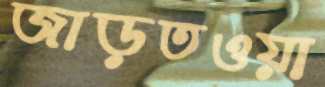
জাড়তওয়া